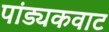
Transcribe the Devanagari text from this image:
पांड्यकवाट